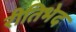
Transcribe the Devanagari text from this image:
रीतिभेद